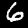
Digit: 6